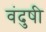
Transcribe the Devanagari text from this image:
वंदुषी